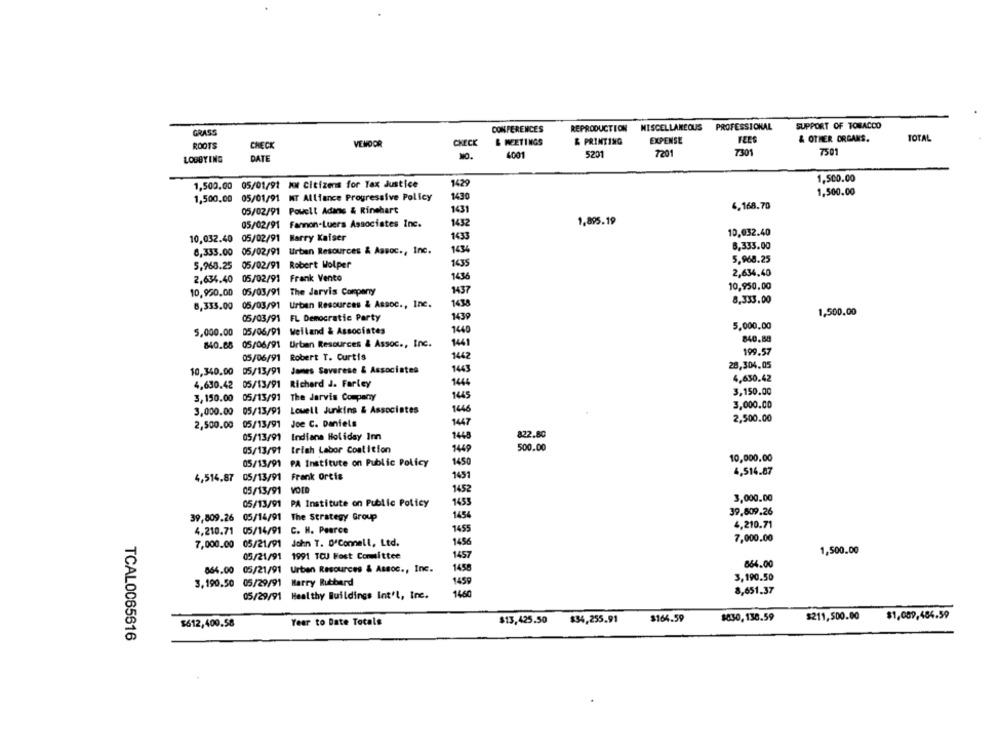
CONFERENCES
REPRODUCTION MISCELLANEOUS PROFESSIONAL
SUPPORT OF TOBACCO
GRASS
ROOTS
VENDOR
CHECK
& MEETINGS
& PRINTING
EXPENSE
FEES
& OTHER ORGANS.
TOTAL
CHECK
7501
LOBBYING
DATE
4001
5201
7201
7301
1429
1,500.00
1,500.00 05/01/91 MM Citizens for Tax Justice
MT Alliance Progressive Policy
1430
1,500.00
1,500.00 05/01/91
05/02/91
Powelt Adans & Rinehart
1431
6.168.70
05/02/91
Fannon-Luers Associates Inc.
1432
1.895.19
10,032.40
10,032.40 05/02/91 Marry Kaiser
1433
1434
8,333.00
8,333.00
05/02/91 Urban Resources & Assoc ., Inc.
5,968.25 05/02/91
Robert Wolper
1435
5,968.25
2,634.40 05/02/91 Frank Vento
2,634,40
10,950.00
10,950.00 05/03/91 The Jarvis Company
1437
8,333.00
8,333,00
05/03/91
Urban Resources & Assoc ., Inc.
1438
05/03/91 FL Democratic Party
1439
1,500.00
5,000.00 05/06/91 Welland & Associates
1440
5,000,00
840.88
840.88 05/06/91
Urban Resources & Assoc ., Inc.
1441
1442
199.57
05/06/91 Robert T. Curtis
05/13/91 James Savarese & Associates
1443
28,304.05
10,340.00
4,630.42 05/13/91
Richard J. Farley
1446
4,630.42
3,150.00
3,150.00 05/13/91 The Jarvis Company
1445
3,000.00
3,000.00 05/13/91
Lowell Junkins & Associates
1446
Joe C. Daniels
2,500.00
2,500.00 05/13/91
1447
05/13/91
Indiana Holiday Im
1448
822.80
05/13/91
trish Labor Coalition
1449
500.00
10,000.00
05/13/91 PA Institute on Public Policy
1450
4,514.87 05/13/91 Frank Ortis
4,514.87
1451
05/13/91
VOID
1452
3,000.00
05/13/91 PA Institute on Public Policy
1453
39,809.26
39,809.26
05/16/91 The Strategy Group
1454
1455
4,210.71
4,210.71 05/14/91
C. H. Pearce
05/21/91
John T. O'Connell, Ltd.
1456
7,000.00
7,000.00
1,500.00
05/21/91
1991 TCU Fost Committee
1457
864.00
864.00 05/21/91 Urban Resources & Assoc ., Inc.
1458
1459
3,190.50
3,190.50 05/29/91 Marry Rubberd
05/29/91 Healthy Buildings Int'l, Inc.
1460
8,651.37
$164.59
$830,138.59
$211,500.00
$1,089,484.59
$612,400.58
Year to Date Totals
$13,425.50 $34,255.91
TCAL0065616